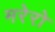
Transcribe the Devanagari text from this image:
मरेरो